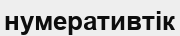
нумеративтік